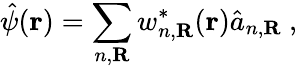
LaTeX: \hat{\psi}(\textbf{r})=\sum_{n,\textbf{R}}w_{n,\textbf{R}}^{*}(\textbf{r})\hat{a}_{n,\textbf{R}}~,